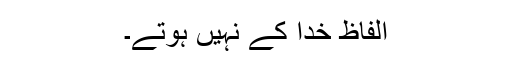
الفاظ خدا کے نہیں ہوتے۔